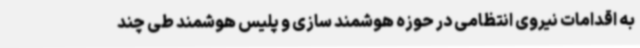
به اقدامات نیروی انتظامی در حوزه هوشمند سازی و پلیس هوشمند طی چند